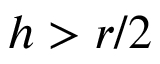
h > r / 2